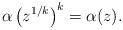
LaTeX: \begin{align*}\alpha\left(z^{1/k} \right)^k = \alpha(z).\end{align*}